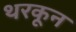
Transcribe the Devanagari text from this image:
थरकून